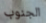
الجنوب